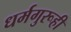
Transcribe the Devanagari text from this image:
धर्मगुरूही